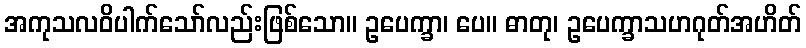
အကုသလဝိပါက်သော်လည်းဖြစ်သော။ ဥပေက္ခာ၊ ပေ။ ဓာတု၊ ဥပေက္ခာသဟဂုတ်အဟိတ်